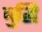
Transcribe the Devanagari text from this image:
बुद्धि